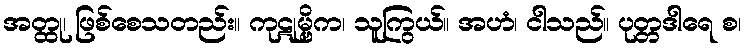
အတ္ထု၊ ဖြစ်စေသတည်း။ ကုဋုမ္ဗိက၊ သူကြွယ်။ အဟံ၊ ငါသည်။ ပုတ္တဒါရေ စ၊